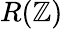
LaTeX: R(\mathbb{Z})